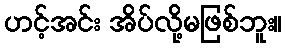
ဟင့်အင်း အိပ်လို့မဖြစ်ဘူး။